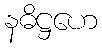
နဓိဋ္ဌဟေ